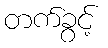
တက်ခွင့်